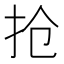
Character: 抢